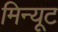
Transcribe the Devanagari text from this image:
मिन्यूट